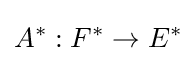
A^{*}:F^{*}\to E^{*}